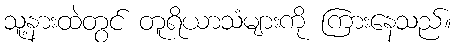
သူ့နားထဲတွင် တူရိယာသံများကို ကြားနေသည်။